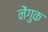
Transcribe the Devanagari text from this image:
नेंगुक